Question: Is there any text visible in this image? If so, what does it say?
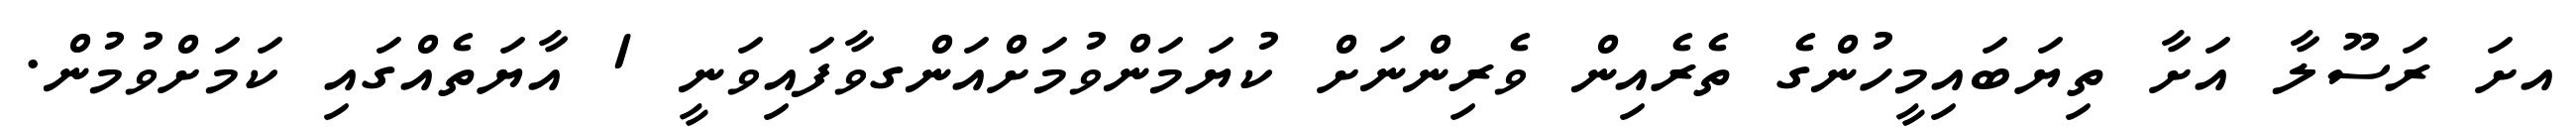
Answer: އށަ ރަސޫލާ އަށާ ތިޔަބައިމީހުންގެ ތެރެއިން ވެރިންނަށް ކުޔަމަންވުމަށްއަންގވާފައިވަނީ 1 އާޔަތެއްގައި ކަމަށްވުމުން.